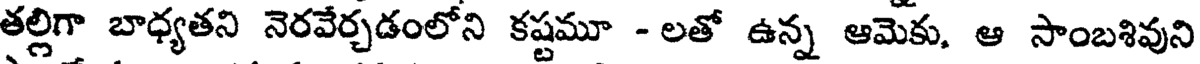
తల్లిగా బాధ్యతని నెరవేర్చడంలోని కష్టమూ - లతో ఉన్న ఆమెకు, ఆ సాంబశివుని